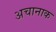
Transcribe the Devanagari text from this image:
अचानाक